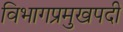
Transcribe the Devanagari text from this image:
विभागप्रमुखपदी